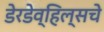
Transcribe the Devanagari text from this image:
डेरडेव्हिल्सचे